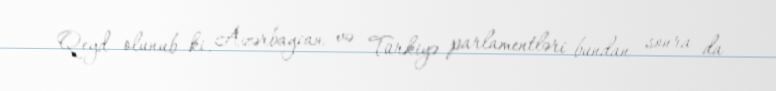
Qeyd olunub ki, Azərbaycan və Türkiyə parlamentləri bundan sonra da